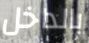
بالداخل